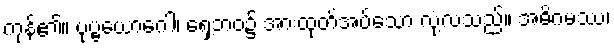
ကုန်၏။ ပုဗ္ဗယောဂေါ၊ ရှေ့ဘဝ၌ အားထုတ်အပ်သော လုံ့လသည်။ အဓိဂမဿ၊